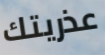
عذريتك